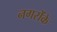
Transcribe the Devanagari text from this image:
नगरोंके